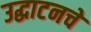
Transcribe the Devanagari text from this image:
उद्घाटनचे